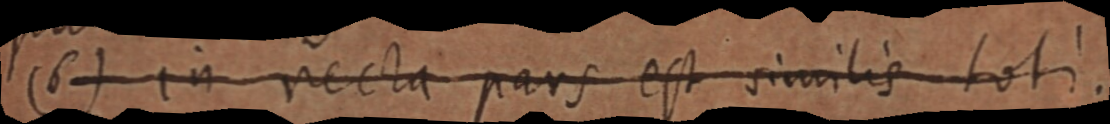
(6) in recta pars est similis toti.